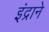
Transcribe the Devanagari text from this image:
इंद्राने